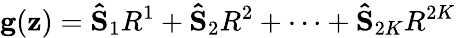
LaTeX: \mathbf{g}(\mathbf{z})=\mathbf{\hat{S}}_{1}R^{1}+\mathbf{\hat{S}}_{2}R^{2}+\dots+\mathbf{\hat{S}}_{2K}R^{2K}